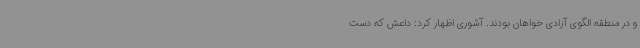
و در منطقه الگوی آزادی خواهان بودند. آشوری اظهار کرد: داعش که دست